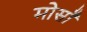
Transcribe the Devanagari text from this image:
मोसाँ